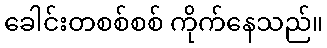
ခေါင်းတစစ်စစ် ကိုက်နေသည်။